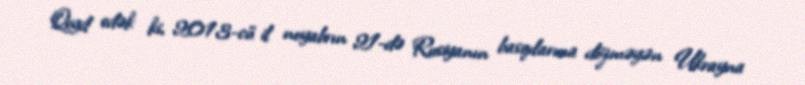
Qeyd edək ki, 2013-cü il noyabrın 21-də Rusiyanın basqılarına dözməyən Ukrayna